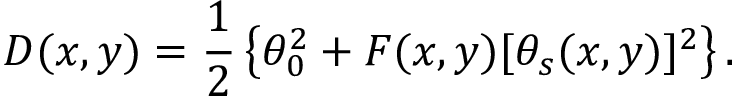
D ( x , y ) = \frac { 1 } { 2 } \left\{ \theta _ { 0 } ^ { 2 } + F ( x , y ) [ \theta _ { s } ( x , y ) ] ^ { 2 } \right\} .